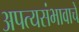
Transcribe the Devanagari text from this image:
अपत्यसंभावाचे